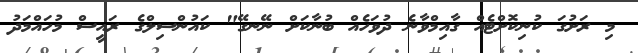
މި ރަށުގަ ކުނިކޮށްޓެއް ގާއިމްވާނެ ދުވަހެއް ބުނާކަށް ނޭނގޭ" ކައުންސިލްގެ ރައީސް މުހައްމަދު